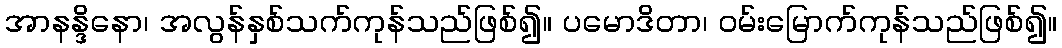
အာနန္ဒိနော၊ အလွန်နှစ်သက်ကုန်သည်ဖြစ်၍။ ပမောဒိတာ၊ ဝမ်းမြောက်ကုန်သည်ဖြစ်၍။